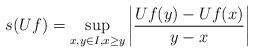
LaTeX: \begin{align*}s(Uf) = \sup_{x,y \in I, x \geq y} \left|\frac{Uf(y) - Uf(x)}{y - x}\right| \end{align*}